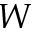
W